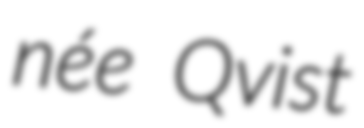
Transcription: née Qvist